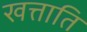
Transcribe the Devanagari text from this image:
खत्ताति